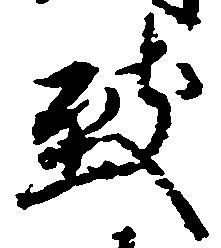
致